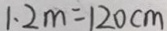
1 . 2 m = 1 2 0 c m